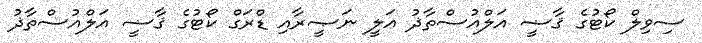
ސިވިލް ކޯޓުގެ ޤާޟީ އަލްއުސްތާޛު ޢަލީ ނަޞީރާއި ޑްރަގް ކޯޓުގެ ޤާޟީ އަލްއުސްތާޛު